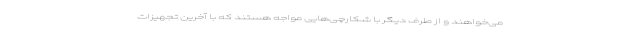
می‌خواهند و از طرف دیگر با شکارچی‌هایی مواجه هستند که با آخرین تجهیزات